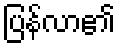
ပြန်လာ၏